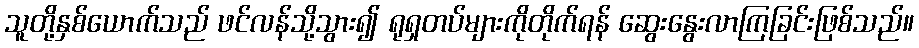
သူတို့နှစ်ယောက်သည် ဖင်လန်သို့သွား၍ ရုရှတပ်များကိုတိုက်ရန် ဆွေးနွေးလာကြခြင်းဖြစ်သည်။